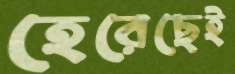
হেরেছেই